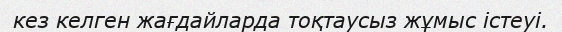
кез келген жағдайларда тоқтаусыз жұмыс істеуі.